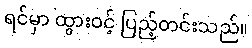
ရင်မှာ ထွားဝင့် ပြည့်တင်းသည်။